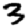
Digit: 3